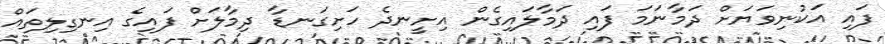
ފައި އަކުނިވަޔަށް ދަމާނަމަ ފައި ދަމާލައިގެން އިށީނދެ ހަށިގަނޑާ ދިމާލަށް ފައިގެ އިނގިލިތައް